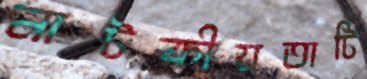
নাটকীয়তাটি